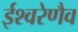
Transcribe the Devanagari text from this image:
ईश्वरेणैव